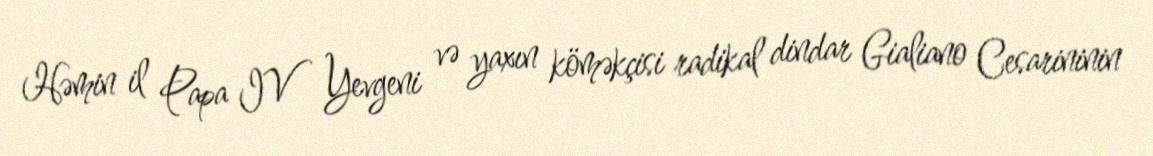
Həmin il Papa IV Yevgeni və yaxın köməkçisi radikal dindar Gialiano Cesarininin